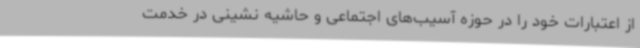
از اعتبارات خود را در حوزه آسیب‌های اجتماعی و حاشیه نشینی در خدمت